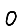
Digit: 0